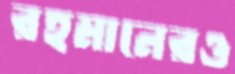
রহমানেরও